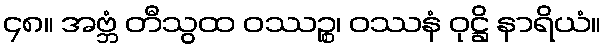
၄၈။ အဗ္ဘံ တီသွထ ဝဿဉ္စ၊ ဝဿနံ ဝုဋ္ဌိ နာရိယံ။